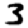
Digit: 3